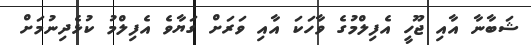
ޝަބާނާ އާއި ޖޫހީ އެފިލްމުގެ ވާހަކަ އާއި ވަރަށް ގަޔާވެ އެފިލްމު ކުޅެދިނުމަށް